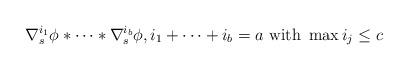
LaTeX: \begin{align*}\nabla_{s}^{i_1} \phi \ast \dots \ast \nabla_{s}^{i_{b}} \phi, \mbox{}i_1 + \dots +i_{b}= a \mbox{ with } \max i_{j} \leq c \end{align*}